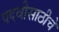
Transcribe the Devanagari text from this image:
पदवीसाठीचे